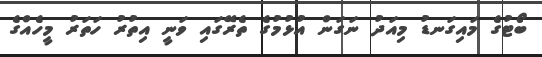
ބޯޓުގެ މައިގަނޑު މިއަދު ނަގަން އުޅުމުގެ ތެރޭގައި ވަނީ އިތުރު ހަތަރު މީހެއްގެ